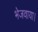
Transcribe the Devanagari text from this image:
भेजवाया।